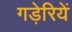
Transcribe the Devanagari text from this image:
गड़ेरियें